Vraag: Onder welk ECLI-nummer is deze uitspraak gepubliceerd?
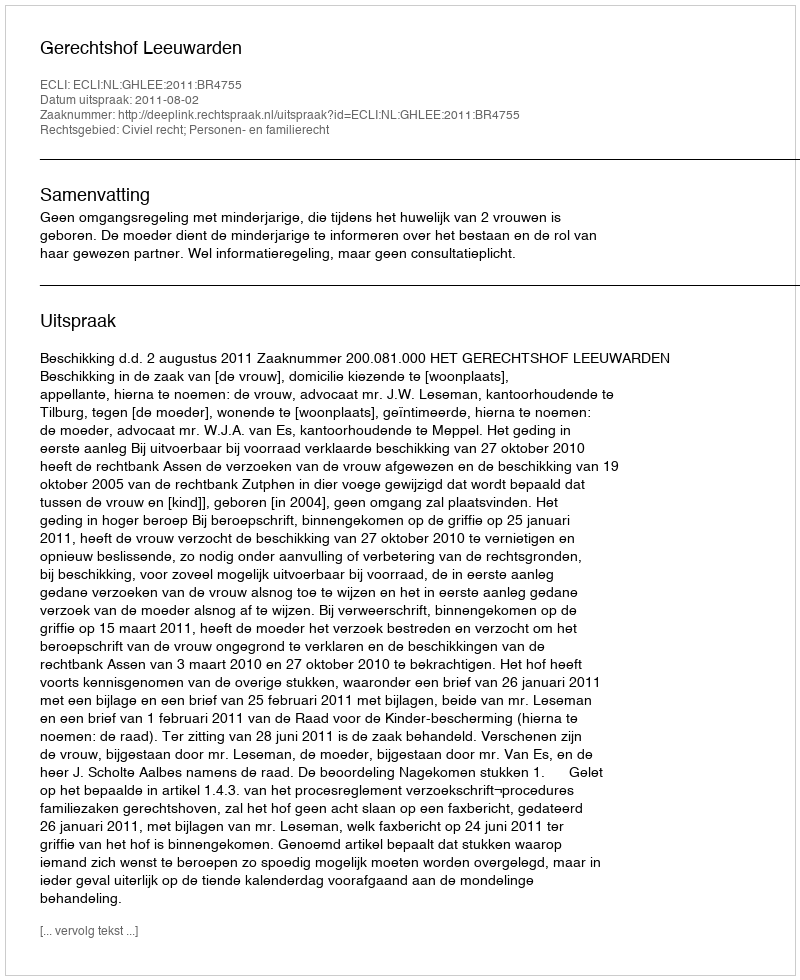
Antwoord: ECLI:NL:GHLEE:2011:BR4755